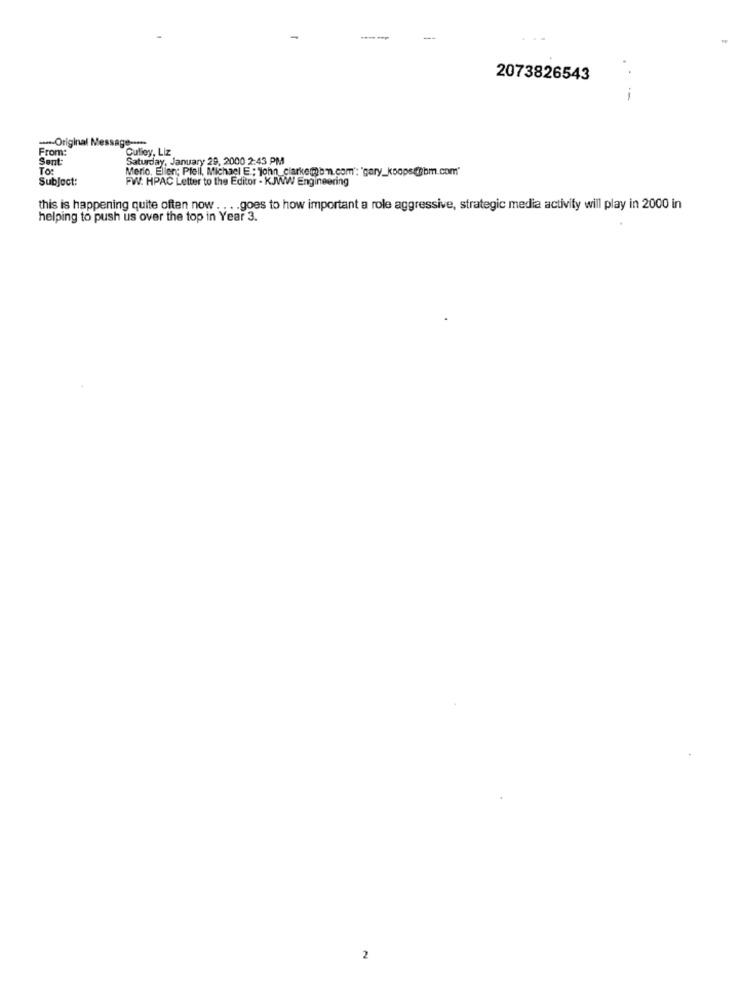
2073826543
--
--- Original Message --***
Culley, Liz
Sent
From
Saturday, January 29, 2000 2:43 PM
To:
Merio. Ellen; Pfell, Michael E ; john_clarkemb'.com': 'gary_koops@@bm.com"
Subject:
FW: HPAC Letter to the Editor - KJWW Engineering
this is happening quite often now . . . . goes to how important a role aggressive, strategic media activity will play in 2000 in
helping to push us over the top in Year 3.
2